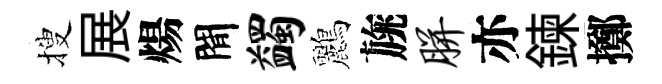
搜展煬閒蠲鸝旐胼亦鍊擲